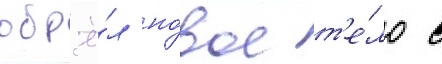
обр'ё́л но́вое т'е́ло с